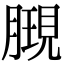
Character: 𣎔